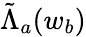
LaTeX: \tilde{\Lambda}_{a}(w_{b})